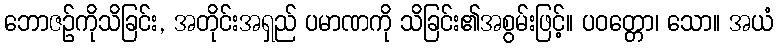
ဘောဇဉ်ကိုသိခြင်း, အတိုင်းအရှည် ပမာဏကို သိခြင်း၏အစွမ်းဖြင့်။ ပဝတ္တော၊ သော။ အယံ